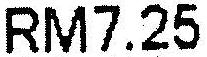
RM7.25